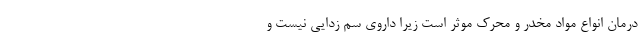
درمان انواع مواد مخدر و محرک موثر است زیرا داروی سم زدایی نیست و